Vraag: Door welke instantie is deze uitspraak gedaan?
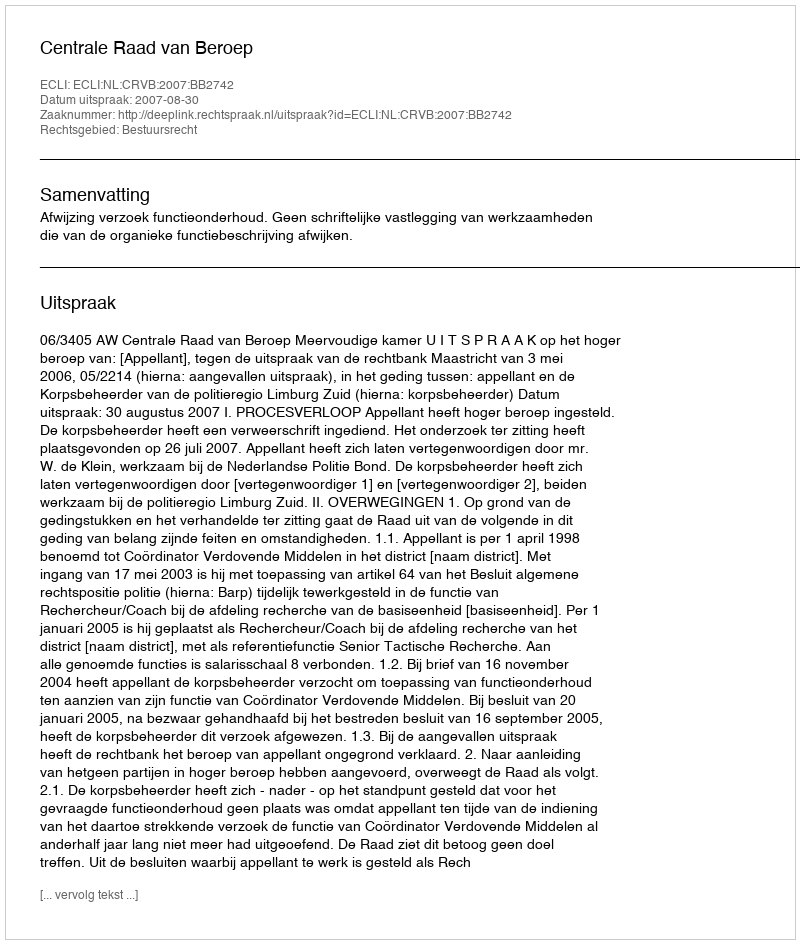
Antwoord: Centrale Raad van Beroep